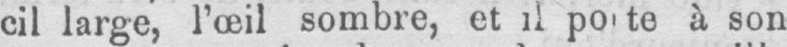
à son